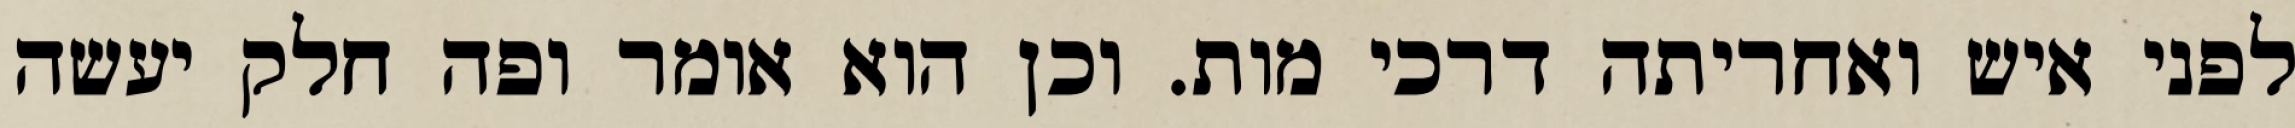
לפני איש ואחריתה דרכי מות. וכן הוא אומר ופה חלק יעשה